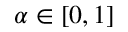
\alpha \in [ 0 , 1 ]